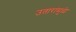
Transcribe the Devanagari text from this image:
उतारांमुळे